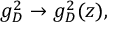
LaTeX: g _ { D } ^ { 2 } \rightarrow g _ { D } ^ { 2 } ( z ) ,